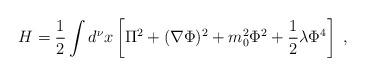
LaTeX: \begin{align*}H=\frac{1}{2} \int d^\nu x \left[ \Pi^2 + ( \nabla \Phi )^2+ m_0^2 \Phi^2 + \frac{1}{2} \lambda \Phi^4 \right] \; ,\end{align*}